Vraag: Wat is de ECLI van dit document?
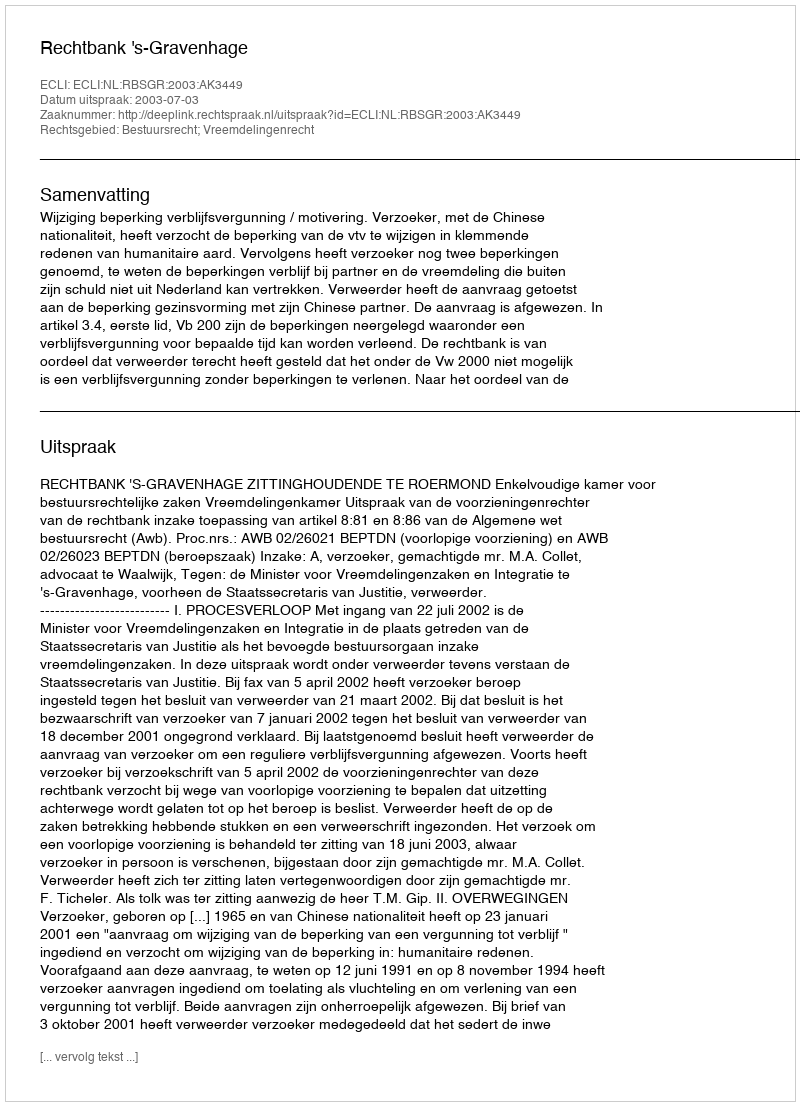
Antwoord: ECLI:NL:RBSGR:2003:AK3449